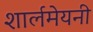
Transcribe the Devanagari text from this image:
शार्लमेयनी